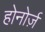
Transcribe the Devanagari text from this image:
होनोर्ज़